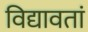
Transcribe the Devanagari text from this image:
विद्यावतां